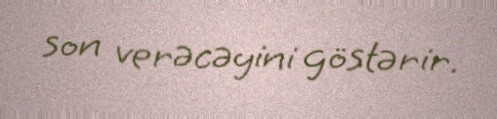
son verəcəyini göstərir.